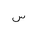
Letter: _sin